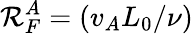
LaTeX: \mathcal{R}_{F}^{A}=(v_{A}L_{0}/\nu)